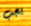
يجب